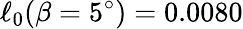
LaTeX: \ell_{0}(\beta=5^{\circ})=0.0080